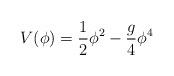
LaTeX: \begin{align*}V(\phi) = \frac{1}{2} \phi^{2} - \frac{g}{4}\phi^{4}\end{align*}